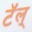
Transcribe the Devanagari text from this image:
टॅल्